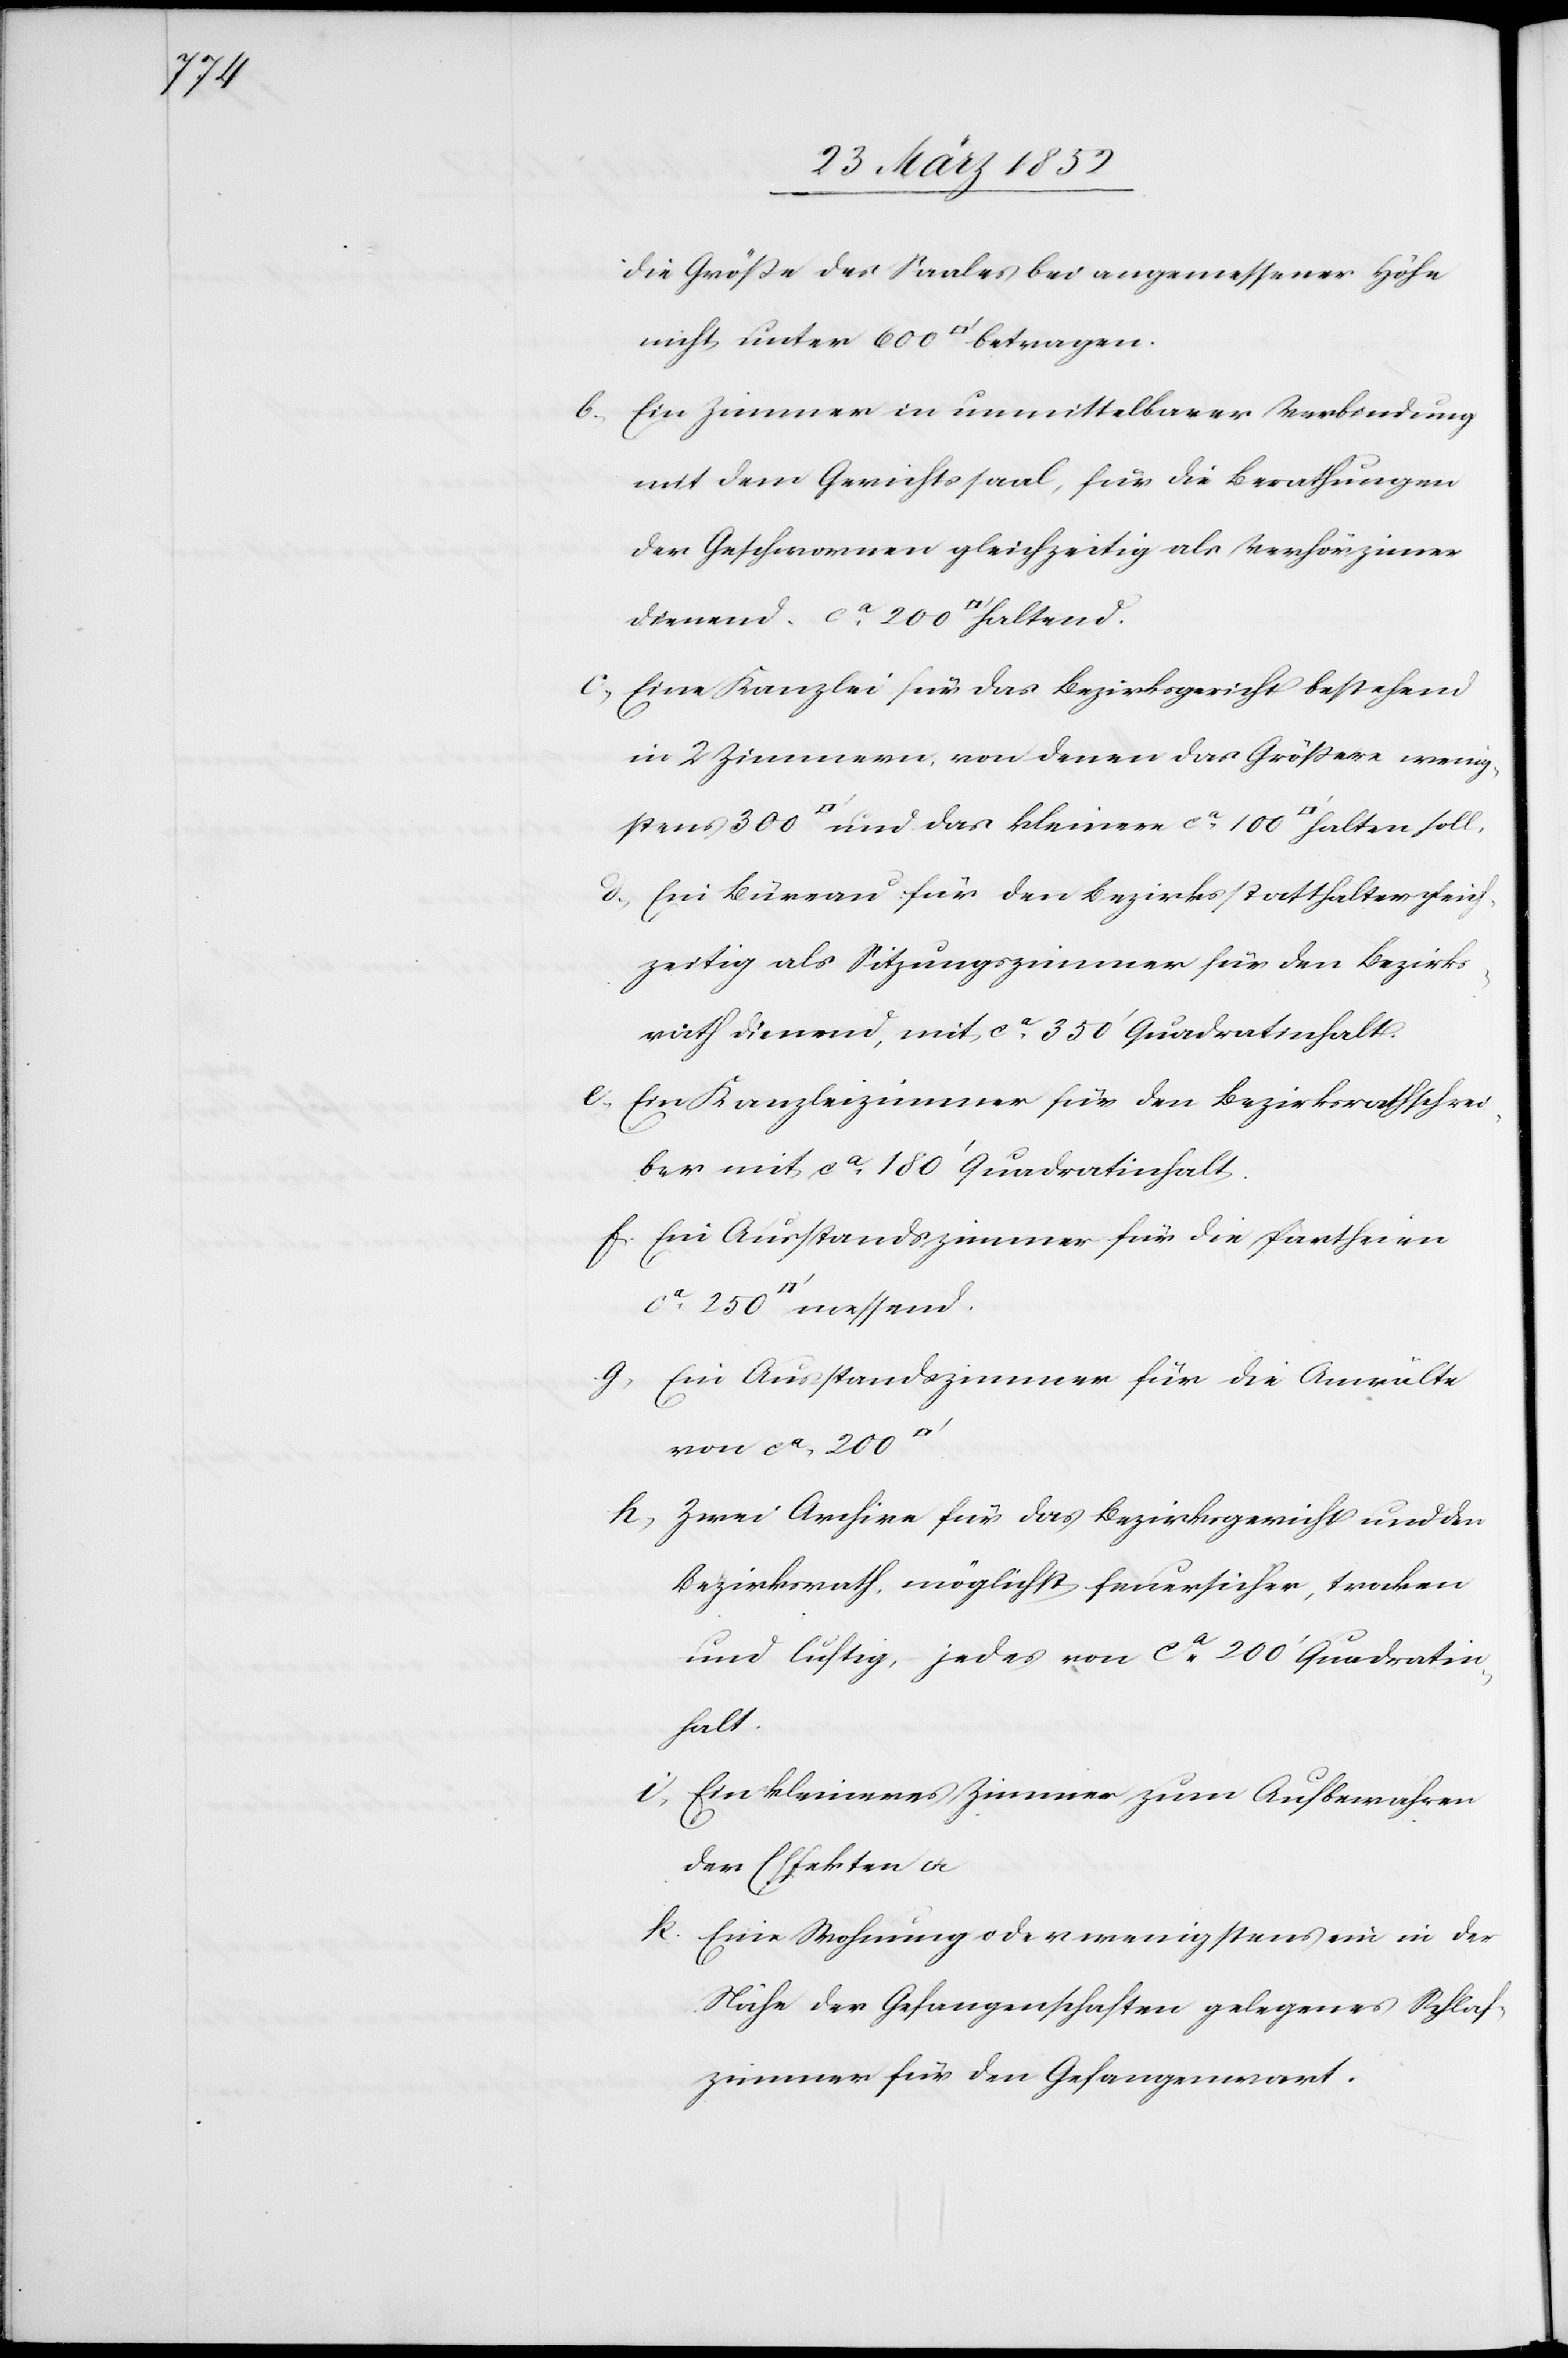
stens

die Größe des Saales bei angemessener Höhe
b) Ein Zimmer in unmittelbarer Verbindung
mit dem Gerichtssaal, für die Berathungen
der Geschwornen gleichzeitig als Verhörzimmer
c) Eine Kanzlei für das Bezirksgericht bestehend
in 2 Zimmern, von denen das Größere wenig¬
d) Ein Büreau für den Bezirksstatthalter gleich¬
zeitig als Sitzungszimmer für den Bezirks¬
rath dienend, mit ca 350‘ Quadratinhalt.
e) Ein Kanzleizimmer für den Bezirksrathschrei¬
ber mit ca 180‘ Quadratinhalt.
f) Ein Ausstandszimmer für die Partheien
g) Ein Ausstandszimmer für die Anwälte
von ca 200
h) Zwei Archive für das Bezirksgericht und den
Bezirksrath, möglichst feuersicher, trocken
und luftig, jedes von ca 200‘ Quadratin¬
halt.
i) Ein kleineres Zimmer zum Aufbewahren
der Effekten u.
k) Eine Wohnung oder wenigstens ein in der
Nähe der Gefangenschaften gelegenes Schlaf¬
zimmer für den Gefangenwart.